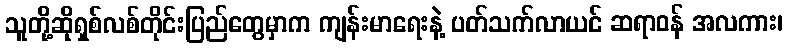
သူတို့ဆိုရှစ်လစ်တိုင်းပြည်တွေမှာက ကျန်းမာရေးနဲ့ ပတ်သက်လာယင် ဆရာဝန် အလကား၊